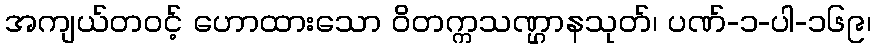
အကျယ်တဝင့် ဟောထားသော ဝိတက္ကသဏ္ဌာနသုတ်၊ ပဏ်-၁-ပါ-၁၆၉၊